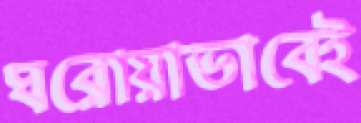
ঘরোয়াভাবেই